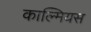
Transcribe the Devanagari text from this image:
काल्मियस